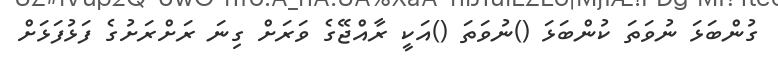
ގުންބަޅަ ނުވަތަ ކުންބަޅަ ()ނުވަތަ ()އަކީ ރާއްޖޭގެ ވަރަށް ގިނަ ރަށްރަށުގެ ފަޅުފަޅަށް